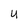
Character: u